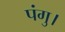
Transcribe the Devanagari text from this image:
पंगु।